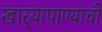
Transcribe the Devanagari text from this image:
खार्‍यापाण्याची